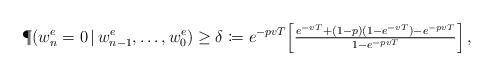
LaTeX: \begin{align*}\P(w^e_n=0\,|\,w^e_{n-1},\dotsc,w^e_0)\geq\delta\coloneqq e^{-pvT}\!\left[\tfrac{e^{-vT}+(1-p)(1-e^{-vT})-e^{-pvT}}{1-e^{-pvT}}\right],\end{align*}